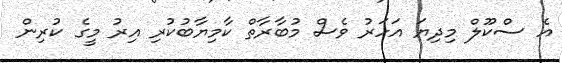
އެ ސްކޫލް މިދިޔަ އަހަރު ވެސް މުބާރާތް ކާމިޔާބުކުރި އިރު މީގެ ކުރިން